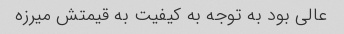
عالی بود به توجه به کیفیت به قیمتش میرزه